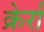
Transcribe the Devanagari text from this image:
क्रेर्रा